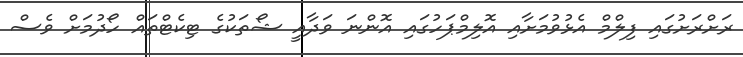
ރަށްރަށުގައި ފިލްމް އެޅުވުމަށާއި އޮލިމްޕަހުގައި އޮންނަ ވަދާއީ ޝޯތަކުގެ ޓިކެޓްތައް ހޯދުމަށް ވެސް